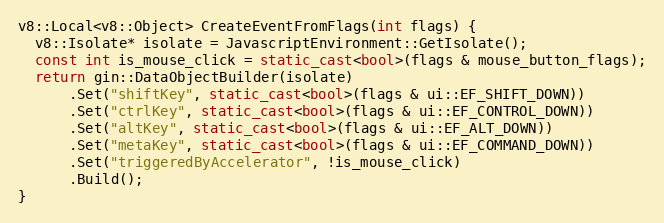
Language: C++
v8::Local<v8::Object> CreateEventFromFlags(int flags) {
  v8::Isolate* isolate = JavascriptEnvironment::GetIsolate();
  const int is_mouse_click = static_cast<bool>(flags & mouse_button_flags);
  return gin::DataObjectBuilder(isolate)
      .Set("shiftKey", static_cast<bool>(flags & ui::EF_SHIFT_DOWN))
      .Set("ctrlKey", static_cast<bool>(flags & ui::EF_CONTROL_DOWN))
      .Set("altKey", static_cast<bool>(flags & ui::EF_ALT_DOWN))
      .Set("metaKey", static_cast<bool>(flags & ui::EF_COMMAND_DOWN))
      .Set("triggeredByAccelerator", !is_mouse_click)
      .Build();
}